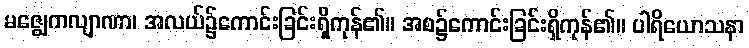
မဇ္ဈေကလျာဏာ၊ အလယ်၌ကောင်းခြင်းရှိကုန်၏။ အစ၌ကောင်းခြင်းရှိကုန်၏။ ပါရိယောသနာ